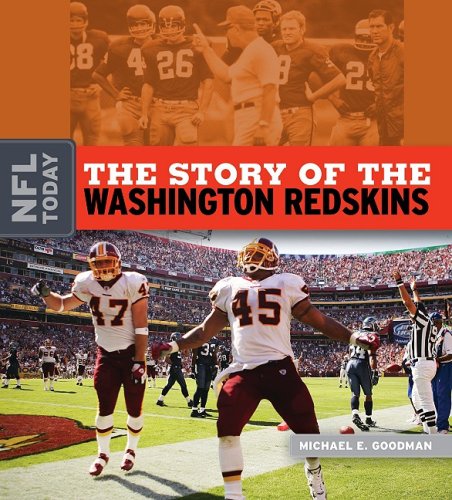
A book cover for The Story of the Washington Redskins (The NFL Today); Michael E. Goodman; Teen & Young Adult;